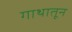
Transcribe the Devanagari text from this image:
गाथातून